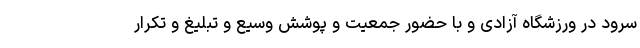
سرود در ورزشگاه آزادی و با حضور جمعیت و پوشش وسیع و تبلیغ و تکرار